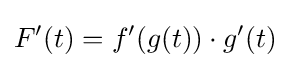
F'(t)=f'(g(t))\cdot g'(t)